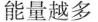
能量越多